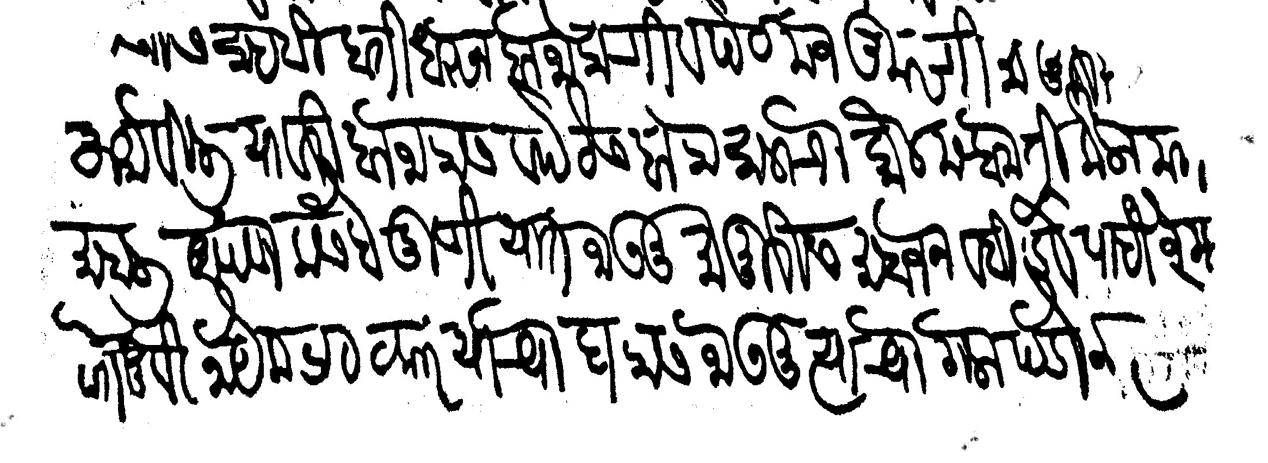
Transliteration (Devanagari): साहेबी हाती धरून बाजाराची व पेठ मजकूरची मामुरी फर्माविली यावरी बाजारास व पेठेस बारा सालचा कौल मन्हामती केला मगमाहाली आपण कसबे पुणियात जाउनु मामुरीस माहाजन व बिडव पाहिजे म्हणोनु विनायक भट ठकार याच्या घरास जाउनु त्याच्या गला पडोन